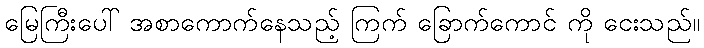
မြေကြီးပေါ် အစာကောက်နေသည့် ကြက် ခြောက်ကောင် ကို ငေးသည်။